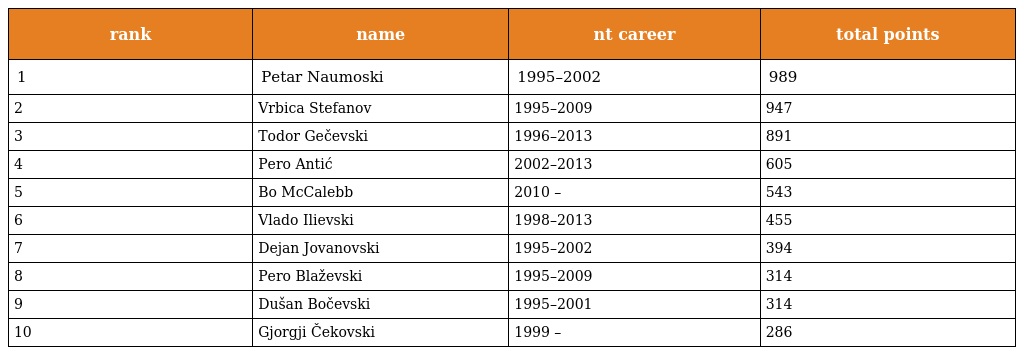
| rank | name | nt career | total points |
 | --- | --- | --- | --- |
 | 1 | Petar Naumoski | 1995–2002 | 989 |
 | 2 | Vrbica Stefanov | 1995–2009 | 947 |
 | 3 | Todor Gečevski | 1996–2013 | 891 |
 | 4 | Pero Antić | 2002–2013 | 605 |
 | 5 | Bo McCalebb | 2010 – | 543 |
 | 6 | Vlado Ilievski | 1998–2013 | 455 |
 | 7 | Dejan Jovanovski | 1995–2002 | 394 |
 | 8 | Pero Blaževski | 1995–2009 | 314 |
 | 9 | Dušan Bočevski | 1995–2001 | 314 |
 | 10 | Gjorgji Čekovski | 1999 – | 286 |